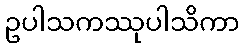
ဥပါသကဿုပါသိကာ